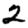
Digit: 2